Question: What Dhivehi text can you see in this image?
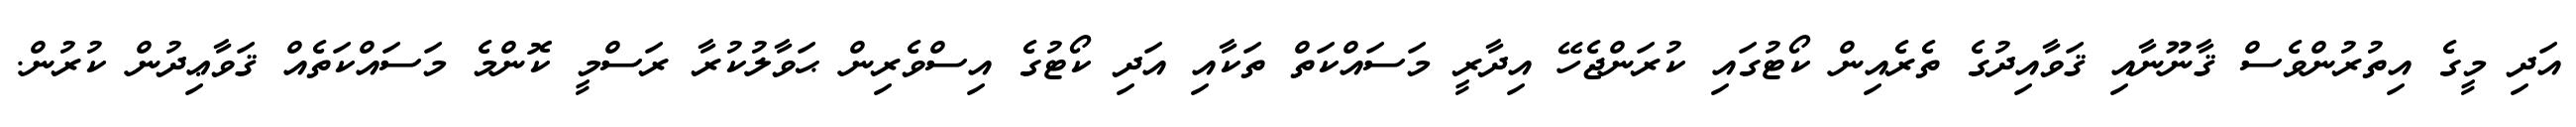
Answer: އަދި މީގެ އިތުރުންވެސް ޤާނޫނާއި ޤަވާއިދުގެ ތެރެއިން ކޯޓުގައި ކުރަންޖެހޭ އިދާރީ މަސައްކަތް ތަކާއި އަދި ކޯޓުގެ އިސްވެރިން ޙަވާލުކުރާ ރަސްމީ ކޮންމެ މަސައްކަތެއް ޤަވާޢިދުން ކުރުން.